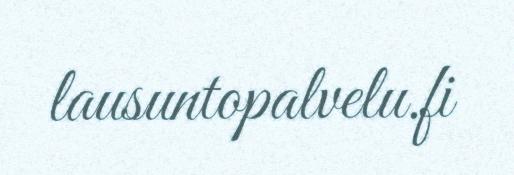
lausuntopalvelu.fi